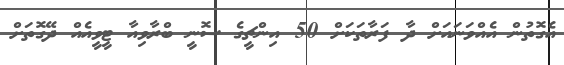
އެގޮތުން އެއްވަނައަށް ދާ ފަރާތަކަށް 50 އިންޗީގެ ސޮނީ ބްރާވިއާ ޓީވީއެއް ދޭގޮތަށް